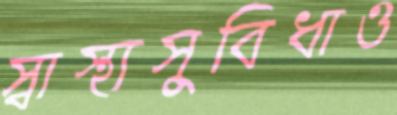
স্বাস্থ্যসুবিধাও